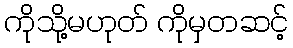
ကိုသို့မဟုတ် ကိုမှတဆင့်